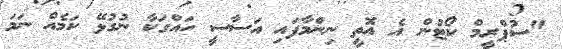
"ސުޕްރީމް ކޯޓުން އެ އޮތީ ނިންމާފައި އަސާސީ ހައްގަކާ ނުގުޅޭ ކަމެއް ނަމަ